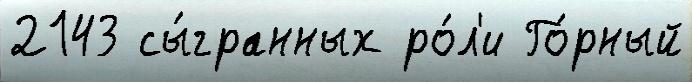
2143 сы́гранных ро́л'и Го́рный